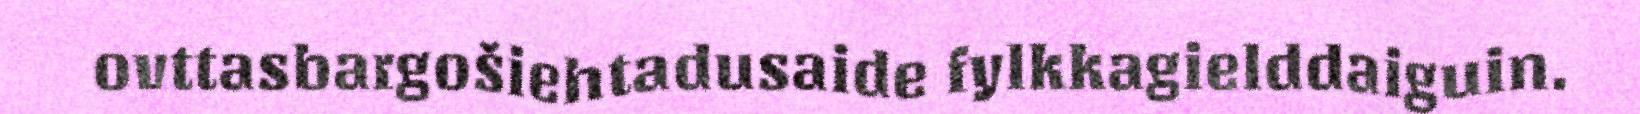
ovttasbargošiehtadusaide fylkkagielddaiguin.